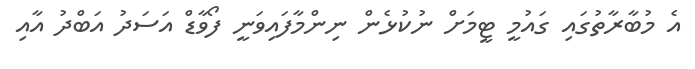
އެ މުބާރާތުގައި ގައުމީ ޓީމަށް ނުކުޅެން ނިންމާފައިވަނީ ފޯވާޑް އަސަދު އަބްދު އާއި